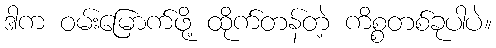
ဒါက ဝမ်းမြောက်ဖို့ ထိုက်တန်တဲ့ ကိစ္စတစ်ခုပါပဲ။